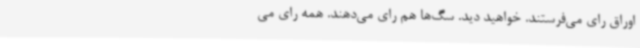
اوراق رای می‌فرستند. خواهید دید. سگ‌ها هم رای می‌دهند. همه رای می